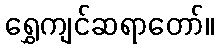
ရွှေကျင်ဆရာတော်။